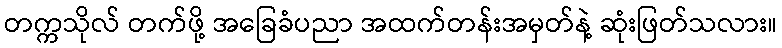
တက္ကသိုလ် တက်ဖို့ အခြေခံပညာ အထက်တန်းအမှတ်နဲ့ ဆုံးဖြတ်သလား။